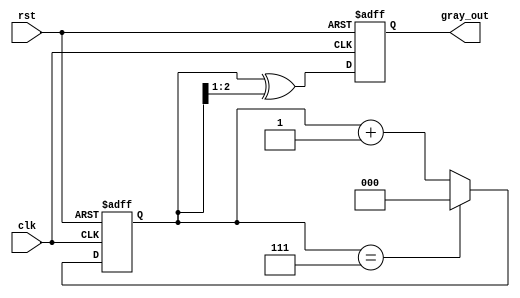
module gray_code_counter (
    input wire clk,       // Clock input
    input wire rst,       // Asynchronous reset
    output reg [2:0] gray_out // 3-bit Gray code output
);

reg [2:0] binary; // Binary counter representation

// Conversion from Binary to Gray Code
// Gray(n) = Binary(n)  (Binary(n) >> 1)
wire [2:0] gray = binary ^ (binary >> 1);

always @(posedge clk or posedge rst) begin
    if (rst) begin
        // Reset binary counter and Gray code output to 0
        binary <= 3'b000;
        gray_out <= 3'b000;
    end else begin
        // Increment the binary counter
        if (binary == 3'b111) begin
            binary <= 3'b000; // Wrap around
        end else begin
            binary <= binary + 1;
        end
        // Update Gray code output
        gray_out <= gray;
    end
end

endmodule